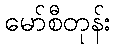
မော်စီတုန်း